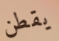
يقطن